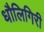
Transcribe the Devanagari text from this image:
धौलिगिरी